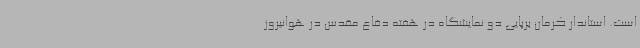
است. استاندار کرمان برپایی دو نمایشگاه در هفته دفاع مقدس در هوانیروز